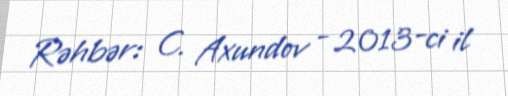
Rəhbər: C. Axundov - 2013-ci il